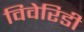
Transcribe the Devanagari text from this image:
विवेरिडी